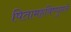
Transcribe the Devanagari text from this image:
पितामहविष्णुनते